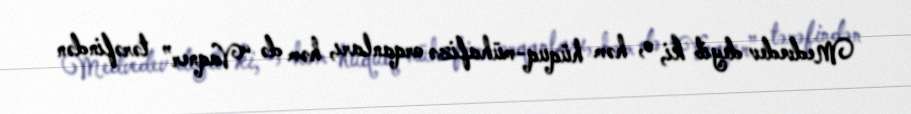
Medvedev deyib ki, o, həm hüquq-mühafizə orqanları, həm də “Vaqner” tərəfindən